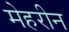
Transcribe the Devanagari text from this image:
मेहरीन